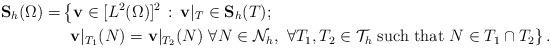
LaTeX: \begin{align*}\mathbf{ S}_h(\Omega) = &\left\{ \mathbf{ v}\in [L^2(\Omega)]^2 \,:\, \mathbf{ v}|_T\in\mathbf{ S}_h(T); \right. \\ & \left. ~ \mathbf{ v}|_{T_1}(N)=\mathbf{ v}|_{T_2}(N)~ \forall N\in \mathcal{N}_h, ~ \forall T_1, T_2 \in \mathcal{T}_h ~\textrm{such~that}~ N\in T_1\cap T_2 \right\}.\end{align*}